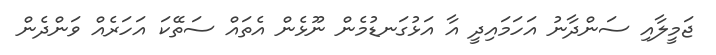
ޖަމީލާއި ސަންދާނު އަހަމައިދީ އާ އަޅުގަނޑުމެން ނޫޅެން އެތައް ސަތޭކަ އަހަރެއް ވަންދެން